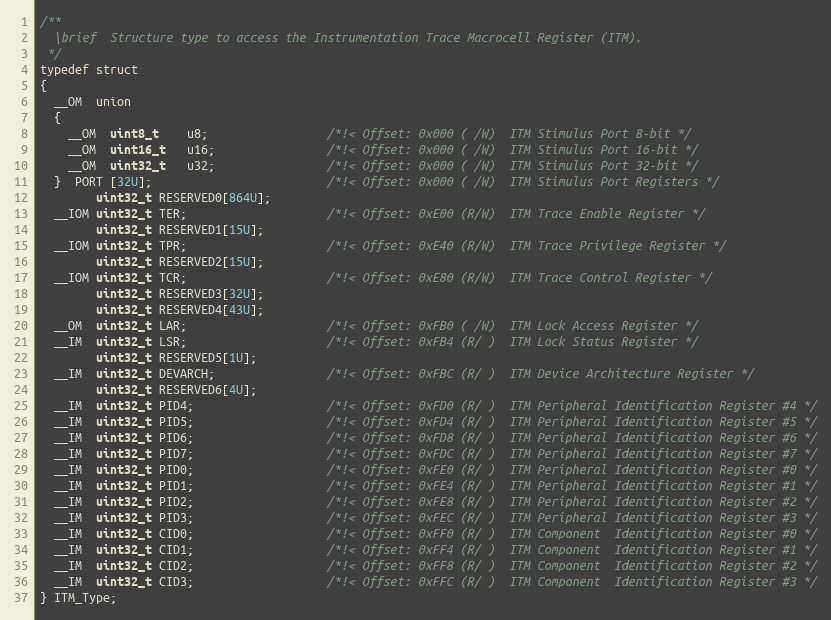
Language: C
/**
  \brief  Structure type to access the Instrumentation Trace Macrocell Register (ITM).
 */
typedef struct
{
  __OM  union
  {
    __OM  uint8_t    u8;                 /*!< Offset: 0x000 ( /W)  ITM Stimulus Port 8-bit */
    __OM  uint16_t   u16;                /*!< Offset: 0x000 ( /W)  ITM Stimulus Port 16-bit */
    __OM  uint32_t   u32;                /*!< Offset: 0x000 ( /W)  ITM Stimulus Port 32-bit */
  }  PORT [32U];                         /*!< Offset: 0x000 ( /W)  ITM Stimulus Port Registers */
        uint32_t RESERVED0[864U];
  __IOM uint32_t TER;                    /*!< Offset: 0xE00 (R/W)  ITM Trace Enable Register */
        uint32_t RESERVED1[15U];
  __IOM uint32_t TPR;                    /*!< Offset: 0xE40 (R/W)  ITM Trace Privilege Register */
        uint32_t RESERVED2[15U];
  __IOM uint32_t TCR;                    /*!< Offset: 0xE80 (R/W)  ITM Trace Control Register */
        uint32_t RESERVED3[32U];
        uint32_t RESERVED4[43U];
  __OM  uint32_t LAR;                    /*!< Offset: 0xFB0 ( /W)  ITM Lock Access Register */
  __IM  uint32_t LSR;                    /*!< Offset: 0xFB4 (R/ )  ITM Lock Status Register */
        uint32_t RESERVED5[1U];
  __IM  uint32_t DEVARCH;                /*!< Offset: 0xFBC (R/ )  ITM Device Architecture Register */
        uint32_t RESERVED6[4U];
  __IM  uint32_t PID4;                   /*!< Offset: 0xFD0 (R/ )  ITM Peripheral Identification Register #4 */
  __IM  uint32_t PID5;                   /*!< Offset: 0xFD4 (R/ )  ITM Peripheral Identification Register #5 */
  __IM  uint32_t PID6;                   /*!< Offset: 0xFD8 (R/ )  ITM Peripheral Identification Register #6 */
  __IM  uint32_t PID7;                   /*!< Offset: 0xFDC (R/ )  ITM Peripheral Identification Register #7 */
  __IM  uint32_t PID0;                   /*!< Offset: 0xFE0 (R/ )  ITM Peripheral Identification Register #0 */
  __IM  uint32_t PID1;                   /*!< Offset: 0xFE4 (R/ )  ITM Peripheral Identification Register #1 */
  __IM  uint32_t PID2;                   /*!< Offset: 0xFE8 (R/ )  ITM Peripheral Identification Register #2 */
  __IM  uint32_t PID3;                   /*!< Offset: 0xFEC (R/ )  ITM Peripheral Identification Register #3 */
  __IM  uint32_t CID0;                   /*!< Offset: 0xFF0 (R/ )  ITM Component  Identification Register #0 */
  __IM  uint32_t CID1;                   /*!< Offset: 0xFF4 (R/ )  ITM Component  Identification Register #1 */
  __IM  uint32_t CID2;                   /*!< Offset: 0xFF8 (R/ )  ITM Component  Identification Register #2 */
  __IM  uint32_t CID3;                   /*!< Offset: 0xFFC (R/ )  ITM Component  Identification Register #3 */
} ITM_Type;